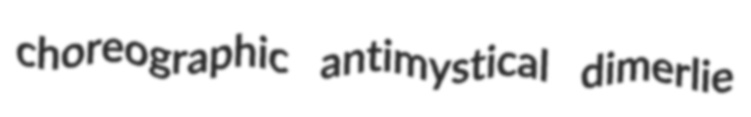
choreographic antimystical dimerlie